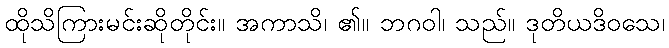
ထိုသိကြားမင်းဆိုတိုင်း။ အကာသိ၊ ၏။ ဘဂဝါ၊ သည်။ ဒုတိယဒိဝသေ၊